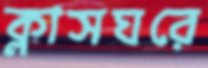
ক্লাসঘরে